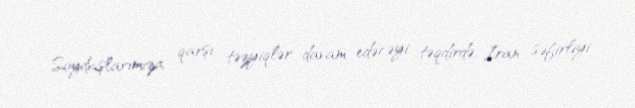
Soydaşlarımıza qarşı təzyiqlər davam edəcəyi təqdirdə, İran səfirliyi